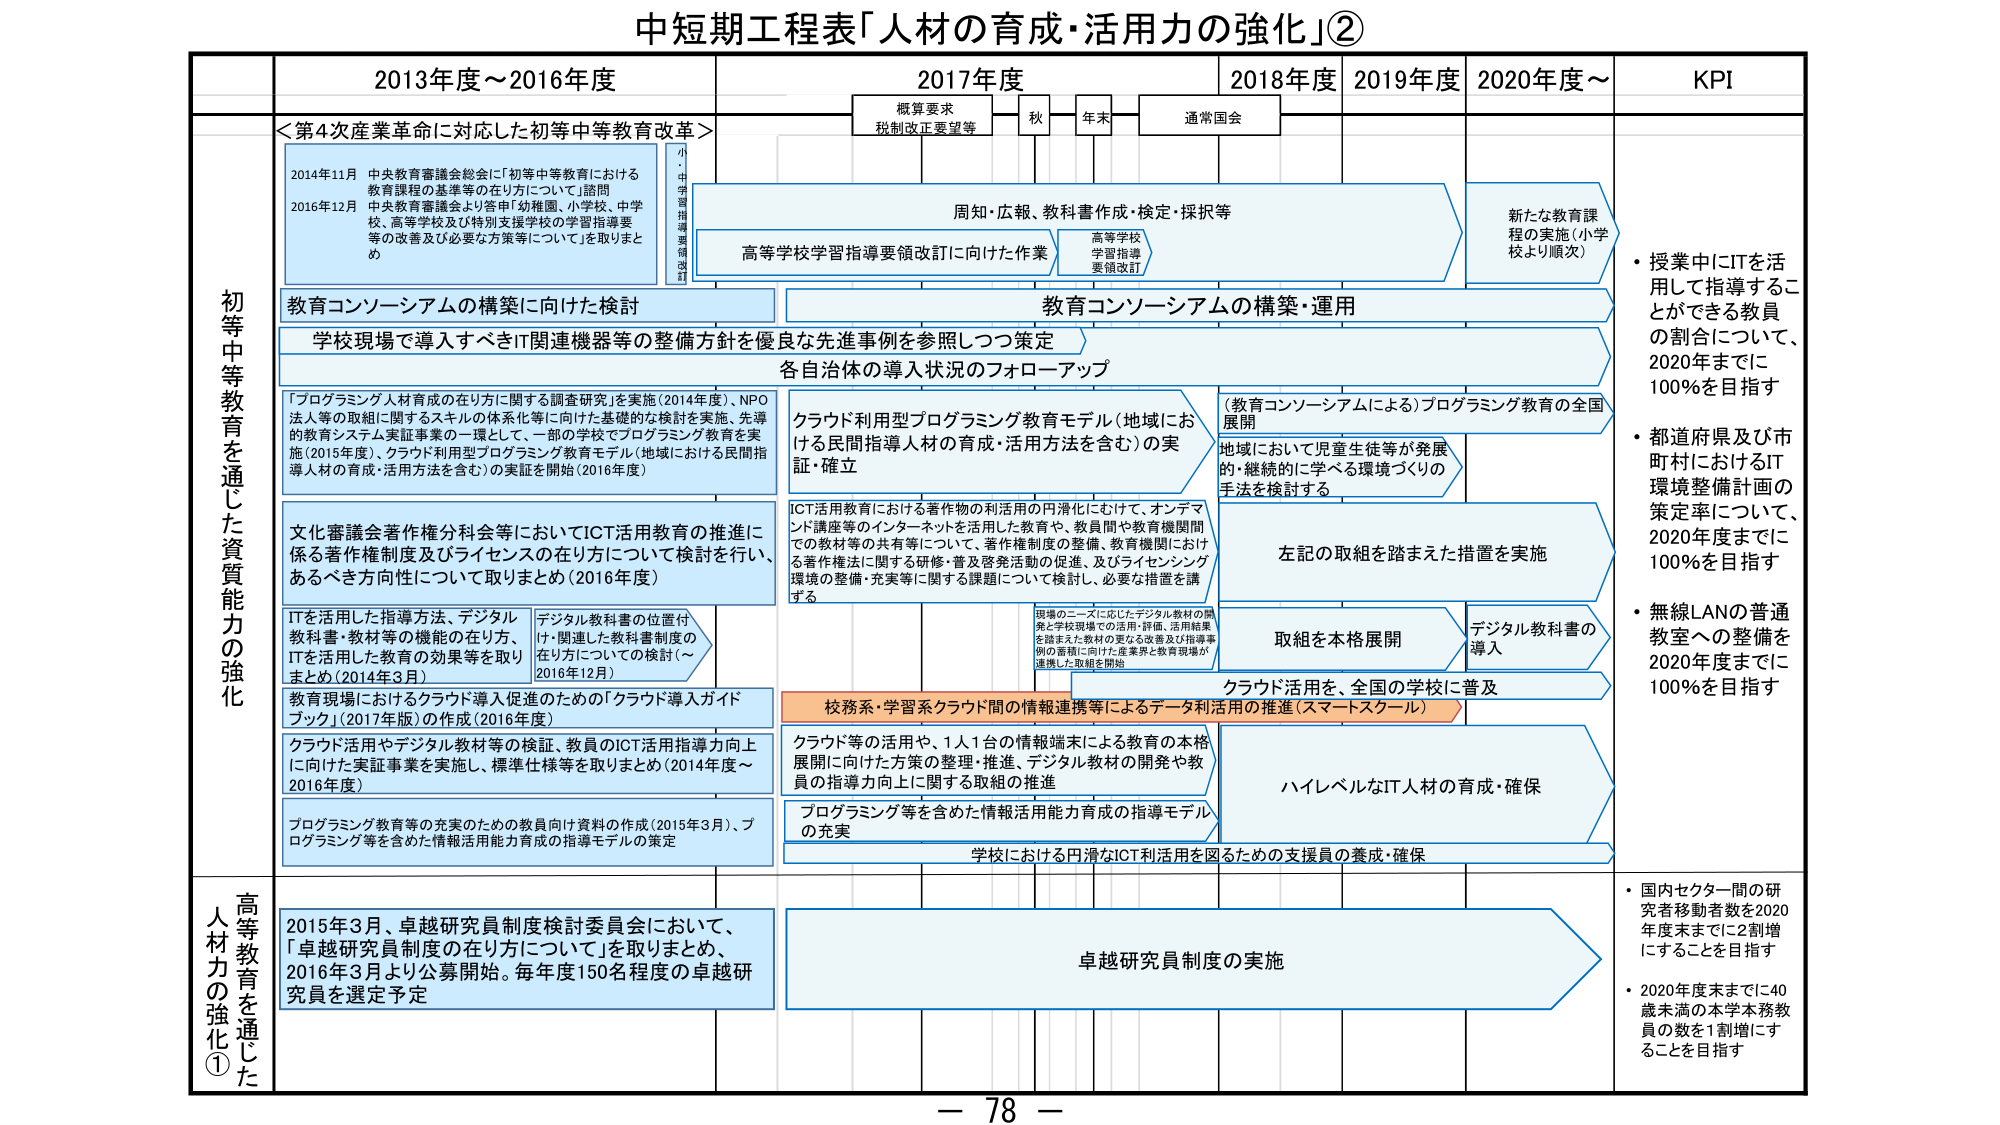
中短期工程表「人材の育成・活用力の強化」②

2013年度～2016年度
2017年度
2018年度
2019年度
2020年度～
KPI

＜第4次産業革命に対応した初等中等教育改革＞

2014年11月 中央教育審議会総会に「初等中等教育における教育課程の基準等の在り方について」諮問
2016年12月 中央教育審議会より答申「幼稚園、小学校、中学校、高等学校及び特別支援学校の学習指導要等の改善及び必要な方策等について」を取りまとめ

小・中・高等学校学習指導要領改訂

概算要求
税制改正要望等
秋
年末
通常国会

周知・広報、教科書作成・検定・採択等

高等学校学習指導要領改訂に向けた作業
高等学校学習指導要領改訂

新たな教育課程の実施（小学校より順次）

教育コンソーシアムの構築に向けた検討

教育コンソーシアムの構築・運用

学校現場で導入すべきIT関連機器等の整備方針を優良な先進事例を参照しつつ策定

各自治体の導入状況のフォローアップ

「プログラミング人材育成の在り方に関する調査研究」を実施（2014年度）、NPO法人等の取組に関するスキルの体系化等に向けた基礎的な検討を実施、先導的教育システム実証事業の一環として、一部の学校でプログラミング教育を実施（2015年度）、クラウド利用型プログラミング教育モデル（地域における民間指導人材の育成・活用方法を含む）の実証を開始（2016年度）

クラウド利用型プログラミング教育モデル（地域における民間指導人材の育成・活用方法を含む）の実証・確立

（教育コンソーシアムによる）プログラミング教育の全国展開

地域において児童生徒等が発展的・継続的に学べる環境づくりの手法を検討する

左記の取組を踏まえた措置を実施

文化審議会著作権分科会等においてICT活用教育の推進に係る著作権制度及びライセンスの在り方について検討を行い、あるべき方向性について取りまとめ（2016年度）

ICT活用教育における著作物の利活用の円滑化にむけて、オンデマンド講座等のインターネットを活用した教育や、教員間や教育機関間での教材等の共有等について、著作権制度の整備、教育機関における著作権法に関する研修・普及啓発活動の促進、及びライセンシング環境の整備・充実等に関する課題について検討し、必要な措置を講ずる

ITを活用した指導方法、デジタル教科書・教材等の機能の在り方、ITを活用した教育の効果等を取りまとめ（2014年3月）

デジタル教科書の位置付け・関連した教科書制度の在り方についての検討（～2016年12月）

現場のニーズに応じたデジタル教材の開発と学校現場での活用・評価、活用結果を踏まえた教材の更なる改善及び指導事例の蓄積に向けた産業界と教育現場が連携した取組を開始

取組を本格展開

デジタル教科書の導入

教育現場におけるクラウド導入促進のための「クラウド導入ガイドブック」（2017年版）の作成（2016年度）

クラウド活用やデジタル教材等の検証、教員のICT活用指導力向上に向けた実証事業を実施し、標準仕様等を取りまとめ（2014年度～2016年度）

クラウド活用を、全国の学校に普及

校務系・学習系クラウド間の情報連携等によるデータ利活用の推進（スマートスクール）

クラウド等の活用や、1人1台の情報端末による教育の本格展開に向けた方策の整理・推進、デジタル教材の開発や教員の指導力向上に関する取組の推進

ハイレベルなIT人材の育成・確保

プログラミング教育等の充実のための教員向け資料の作成（2015年3月）、プログラミング等を含めた情報活用能力育成の指導モデルの策定

プログラミング等を含めた情報活用能力育成の指導モデルの充実

学校における円滑なICT利活用を図るための支援員の養成・確保

初等中等教育を通じた資質能力の強化

・授業中にITを活用して指導することができる教員の割合について、2020年までに100％を目指す

・都道府県及び市町村におけるIT環境整備計画の策定率について、2020年度までに100％を目指す

・無線LANの普通教室への整備を2020年度までに100％を目指す

2015年3月、卓越研究員制度検討委員会において、「卓越研究員制度の在り方について」を取りまとめ、2016年3月より公募開始。毎年度150名程度の卓越研究員を選定予定

卓越研究員制度の実施

・国内セクター間の研究者移動者数を2020年度末までに2割増にすることを目指す

・2020年度末までに40歳未満の本学本務教員の数を1割増にすることを目指す

高等教育を通じた人材力の強化①

－ 78 －